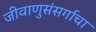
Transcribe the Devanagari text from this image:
जीवाणुसंसर्गाचा